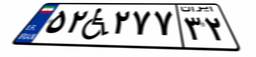
۵۲W۲۷۷۳۲